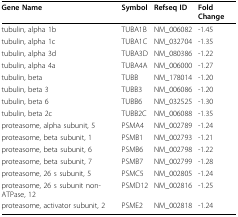
<table><thead><tr><td><b>Gene Name</b></td><td><b>Symbol</b></td><td><b>Refseq ID</b></td><td><b>Fold Change</b></td></tr></thead><tbody><tr><td>tubulin, alpha 1b</td><td>TUBA1B</td><td>NM_006082</td><td>-1.45</td></tr><tr><td>tubulin, alpha 1c</td><td>TUBA1C</td><td>NM_032704</td><td>-1.35</td></tr><tr><td>tubulin, alpha 3d</td><td>TUBA3D</td><td>NM_080386</td><td>-1.22</td></tr><tr><td>tubulin, alpha 4a</td><td>TUBA4A</td><td>NM_006000</td><td>-1.27</td></tr><tr><td>tubulin, beta</td><td>TUBB</td><td>NM_178014</td><td>-1.20</td></tr><tr><td>tubulin, beta 3</td><td>TUBB3</td><td>NM_006086</td><td>-1.20</td></tr><tr><td>tubulin, beta 6</td><td>TUBB6</td><td>NM_032525</td><td>-1.30</td></tr><tr><td>tubulin, beta 2c</td><td>TUBB2C</td><td>NM_006088</td><td>-1.35</td></tr><tr><td>proteasome, alpha subunit, 5</td><td>PSMA4</td><td>NM_002789</td><td>-1.24</td></tr><tr><td>proteasome, beta subunit, 1</td><td>PSMB1</td><td>NM_002793</td><td>-1.21</td></tr><tr><td>proteasome, beta subunit, 6</td><td>PSMB6</td><td>NM_002798</td><td>-1.22</td></tr><tr><td>proteasome, beta subunit, 7</td><td>PSMB7</td><td>NM_002799</td><td>-1.28</td></tr><tr><td>proteasome, 26 s subunit, 5</td><td>PSMC5</td><td>NM_002805</td><td>-1.24</td></tr><tr><td>proteasome, 26 s subunit non-ATPase, 12</td><td>PSMD12</td><td>NM_002816</td><td>-1.25</td></tr><tr><td>proteasome, activator subunit, 2</td><td>PSME2</td><td>NM_002818</td><td>-1.24</td></tr></tbody></table>